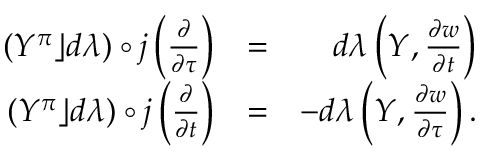
\begin{array} { r l r } { ( Y ^ { \pi } \rfloor d \lambda ) \circ j \left( \frac { \partial } { \partial \tau } \right) } & { = } & { d \lambda \left( Y , \frac { \partial w } { \partial t } \right) } \\ { ( Y ^ { \pi } \rfloor d \lambda ) \circ j \left( \frac { \partial } { \partial t } \right) } & { = } & { - d \lambda \left( Y , \frac { \partial w } { \partial \tau } \right) . } \end{array}